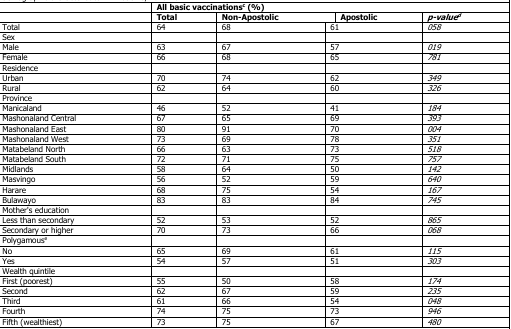
<table><thead><tr><td></td><td colspan="4"><b>All basic vaccinationsc (%)</b></td></tr><tr><td></td><td><b>Total</b></td><td><b>Non-Apostolic</b></td><td><b>Apostolic</b></td><td><b><i>p-value</i>d</b></td></tr></thead><tbody><tr><td>Total</td><td>64</td><td>68</td><td>61</td><td><i>058</i></td></tr><tr><td>Sex</td><td></td><td></td><td></td><td></td></tr><tr><td>Male</td><td>63</td><td>67</td><td>57</td><td><i>019</i></td></tr><tr><td>Female</td><td>66</td><td>68</td><td>65</td><td><i>781</i></td></tr><tr><td>Residence</td><td></td><td></td><td></td><td></td></tr><tr><td>Urban</td><td>70</td><td>74</td><td>62</td><td><i>349</i></td></tr><tr><td>Rural</td><td>62</td><td>64</td><td>60</td><td><i>326</i></td></tr><tr><td>Province</td><td></td><td></td><td></td><td></td></tr><tr><td>Manicaland</td><td>46</td><td>52</td><td>41</td><td><i>184</i></td></tr><tr><td>Mashonaland Central</td><td>67</td><td>65</td><td>69</td><td><i>393</i></td></tr><tr><td>Mashonaland East</td><td>80</td><td>91</td><td>70</td><td><i>004</i></td></tr><tr><td>Mashonaland West</td><td>73</td><td>69</td><td>78</td><td><i>351</i></td></tr><tr><td>Matabeland North</td><td>66</td><td>63</td><td>73</td><td><i>518</i></td></tr><tr><td>Matabeland South</td><td>72</td><td>71</td><td>75</td><td><i>757</i></td></tr><tr><td>Midlands</td><td>58</td><td>64</td><td>50</td><td><i>142</i></td></tr><tr><td>Masvingo</td><td>56</td><td>52</td><td>59</td><td><i>640</i></td></tr><tr><td>Harare</td><td>68</td><td>75</td><td>54</td><td><i>167</i></td></tr><tr><td>Bulawayo</td><td>83</td><td>83</td><td>84</td><td><i>745</i></td></tr><tr><td>Mother&#x27;s education</td><td></td><td></td><td></td><td></td></tr><tr><td>Less than secondary</td><td>52</td><td>53</td><td>52</td><td><i>865</i></td></tr><tr><td>Secondary or higher</td><td>70</td><td>73</td><td>66</td><td><i>068</i></td></tr><tr><td>Polygamouse</td><td></td><td></td><td></td><td></td></tr><tr><td>No</td><td>65</td><td>69</td><td>61</td><td><i>115</i></td></tr><tr><td>Yes</td><td>54</td><td>57</td><td>51</td><td><i>303</i></td></tr><tr><td>Wealth quintile</td><td></td><td></td><td></td><td></td></tr><tr><td>First (poorest)</td><td>55</td><td>50</td><td>58</td><td><i>174</i></td></tr><tr><td>Second</td><td>62</td><td>67</td><td>59</td><td><i>235</i></td></tr><tr><td>Third</td><td>61</td><td>66</td><td>54</td><td><i>048</i></td></tr><tr><td>Fourth</td><td>74</td><td>75</td><td>73</td><td><i>946</i></td></tr><tr><td>Fifth (wealthiest)</td><td>73</td><td>75</td><td>67</td><td><i>480</i></td></tr></tbody></table>